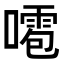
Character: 𠿙